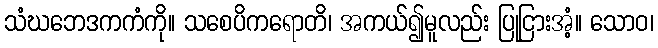
သံဃဘေဒကကံကို။ သစေပိကရောတိ၊ အကယ်၍မူလည်း ပြုငြားအံ့။ သောဝ၊